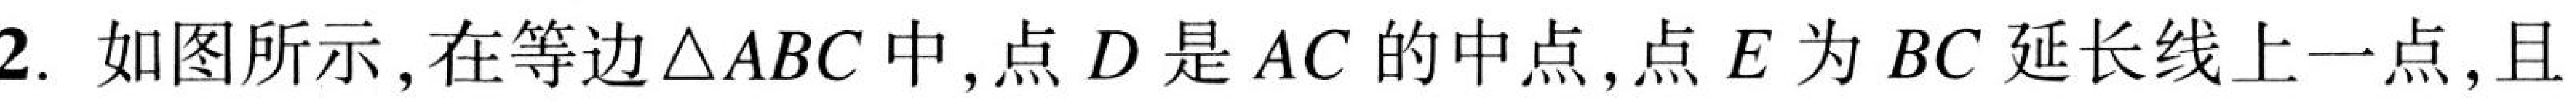
2. 如图所示, 在等边$\triangle ABC$中, 点$D$是$AC$的中点, 点$E$为$BC$延长线上一点, 且